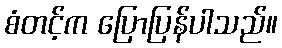
စံတင့်က ပြောပြန်ပါသည်။